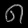
Digit: ၈